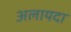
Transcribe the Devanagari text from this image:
अलायदा